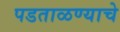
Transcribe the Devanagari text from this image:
पडताळण्याचे